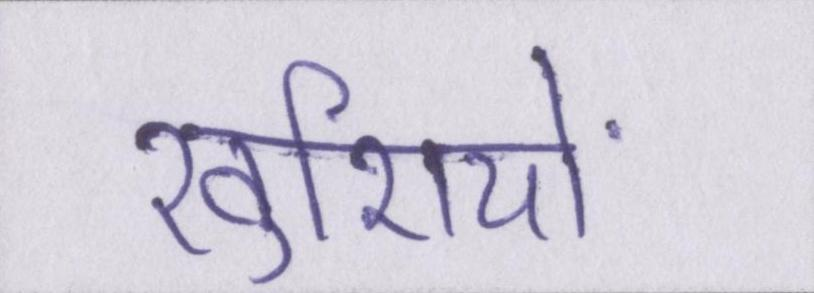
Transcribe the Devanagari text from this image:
खुशियों